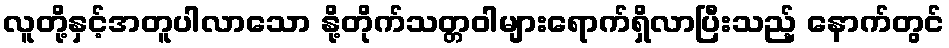
လူတို့နှင့်အတူပါလာသော နို့တိုက်သတ္တဝါများရောက်ရှိလာပြီးသည့် နောက်တွင်